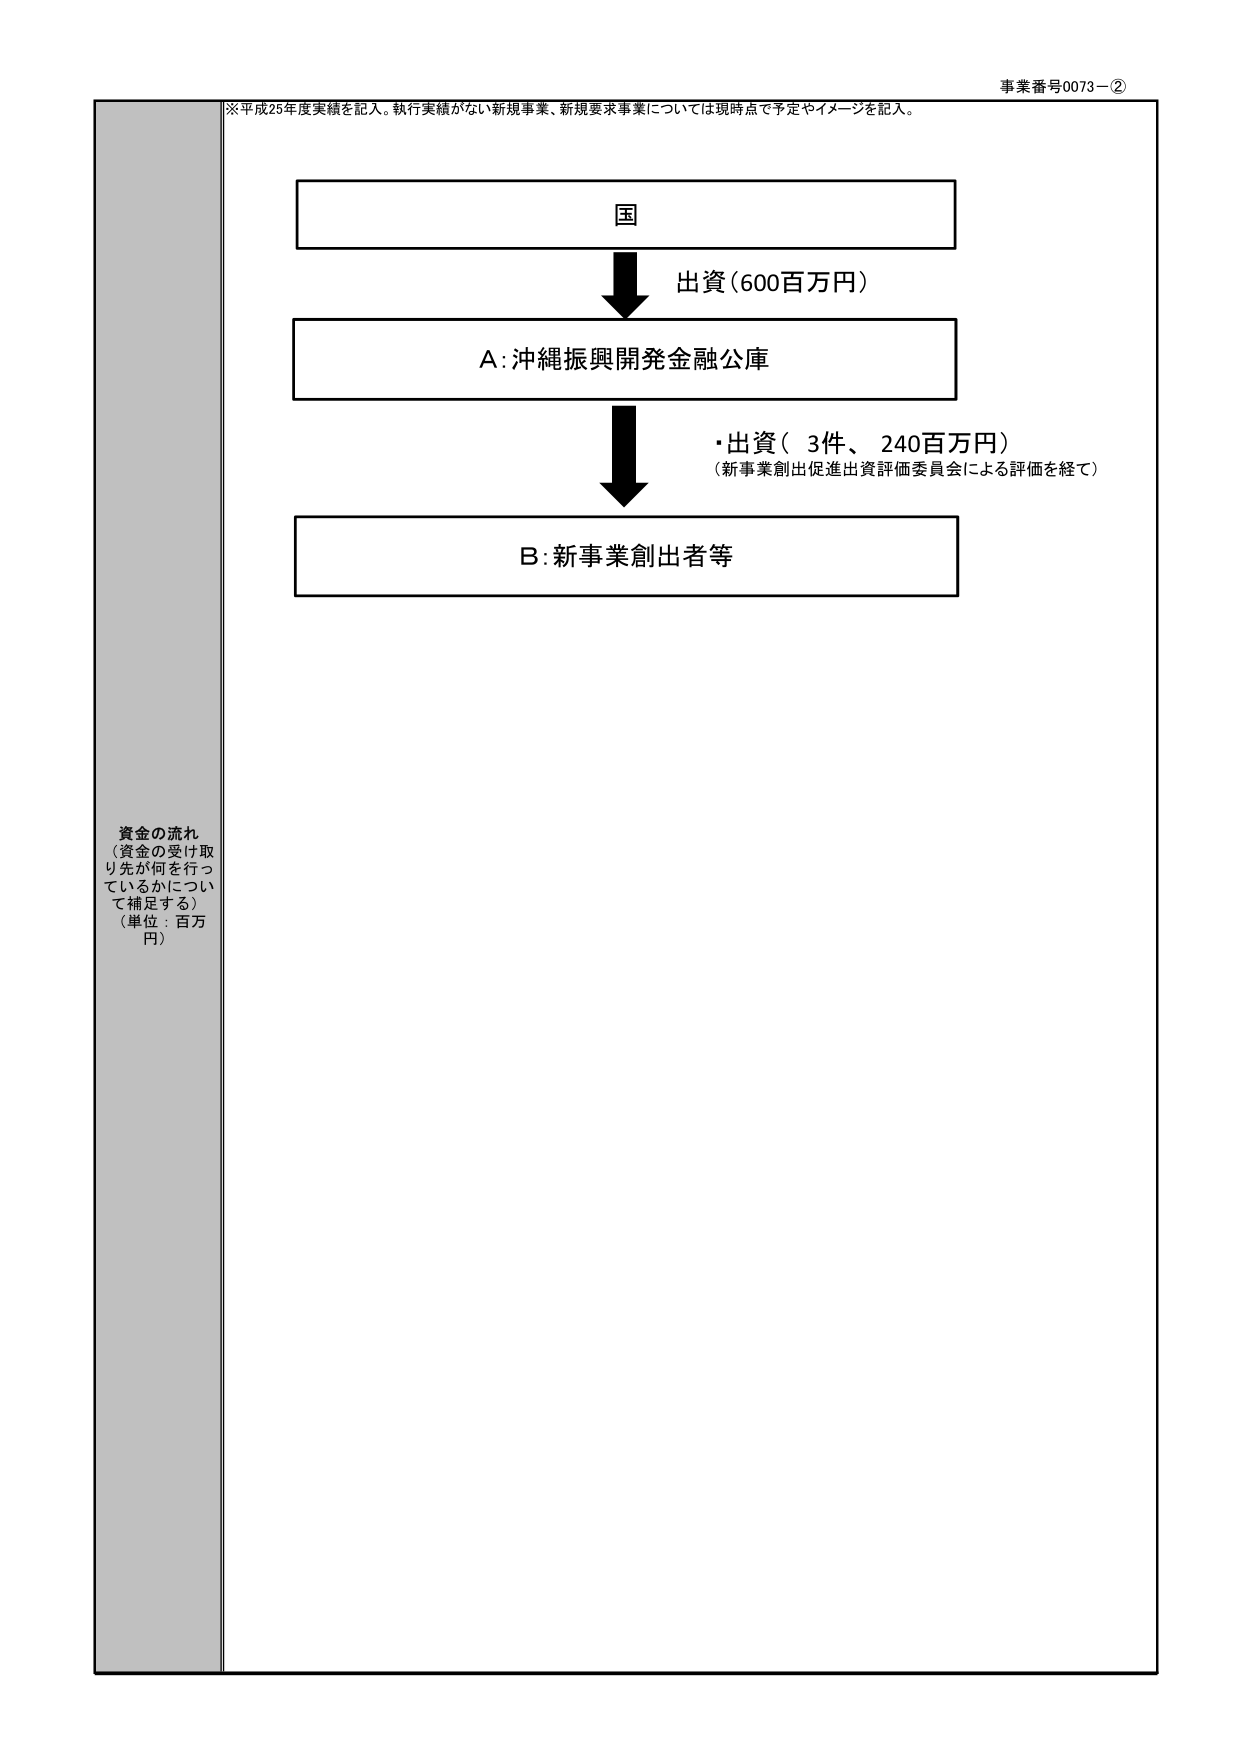
事業番号0073－②
※平成25年度実績を記入。執行実績がない新規事業、新規要求事業については現時点で予定やイメージを記入。

国
出資（600百万円）
A：沖縄振興開発金融公庫
・出資（3件、240百万円）
（新事業創出促進出資評価委員会による評価を経て）
B：新事業創出者等

資金の流れ
（資金の受け取り先が何を行っているかについて補足する）
（単位：百万円）